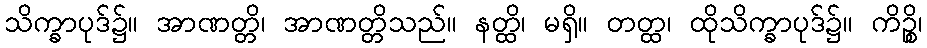
သိက္ခာပုဒ်၌။ အာဏတ္တိ၊ အာဏတ္တိသည်။ နတ္ထိ၊ မရှိ။ တတ္ထ၊ ထိုသိက္ခာပုဒ်၌။ ကိဉ္စိ၊